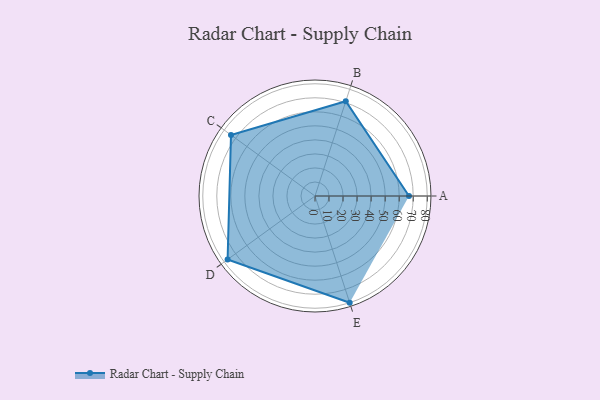
{"axis": {"x": "Skill", "y": "Score"}, "legend": ["Profile"], "data": [{"x": "A", "y": 67.0, "type": "Profile"}, {"x": "B", "y": 71.0, "type": "Profile"}, {"x": "C", "y": 74.0, "type": "Profile"}, {"x": "D", "y": 77.0, "type": "Profile"}, {"x": "E", "y": 80.0, "type": "Profile"}]}